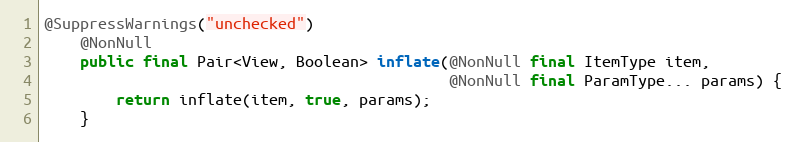
Language: Java
@SuppressWarnings("unchecked")
    @NonNull
    public final Pair<View, Boolean> inflate(@NonNull final ItemType item,
                                             @NonNull final ParamType... params) {
        return inflate(item, true, params);
    }